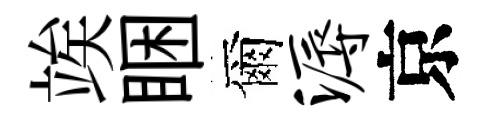
竢睏爾溽京